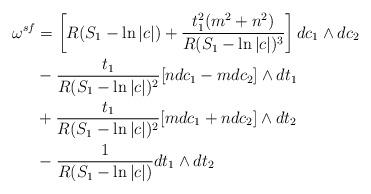
LaTeX: \begin{align*} \omega^{sf} &= \left[ R (S_1-\ln|c| ) + \frac{t_1^2 (m^2 + n^2) }{R(S_1 - \ln|c|)^3} \right] dc_1 \wedge dc_2\\ & - \frac{t_1}{R(S_1 - \ln|c|)^2} [n dc_1 -m dc_2] \wedge dt_1 \\ & + \frac{t_1}{R(S_1 - \ln|c|)^2} [m dc_1 +n dc_2] \wedge dt_2 \\ & - \frac{1}{R(S_1 - \ln|c|)} dt_1 \wedge dt_2 \end{align*}